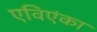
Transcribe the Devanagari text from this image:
एविएंका